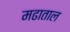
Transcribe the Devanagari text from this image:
मढाताल